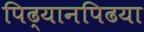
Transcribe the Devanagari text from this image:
पिढ्यानपिढया